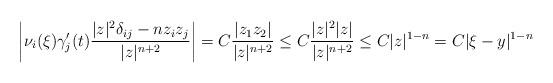
LaTeX: \begin{align*}\bigg| \nu_i(\xi) \gamma'_j(t) \frac{|z|^2 \delta_{ij}- n z_i z_j}{|z|^{n+2}} \bigg| = C\frac{|z_1z_2|}{|z|^{n+2}} \le C\frac{|z|^2|z|}{|z|^{n+2}} \le C|z|^{1-n} = C|\xi-y|^{1-n}\end{align*}